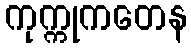
ကုက္ကုကတေန